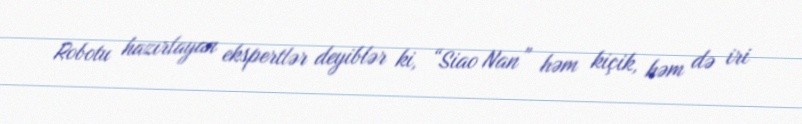
Robotu hazırlayan ekspertlər deyiblər ki, “Siao Nan” həm kiçik, həm də iri